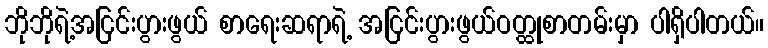
ဘိုဘိုရဲ့အငြင်းပွားဖွယ် စာရေးဆရာရဲ့ အငြင်းပွားဖွယ်ဝတ္ထုစာတမ်းမှာ ပါရှိပါတယ်။